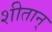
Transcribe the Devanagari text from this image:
शीतान्